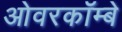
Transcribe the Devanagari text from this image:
ओवरकॉम्बे